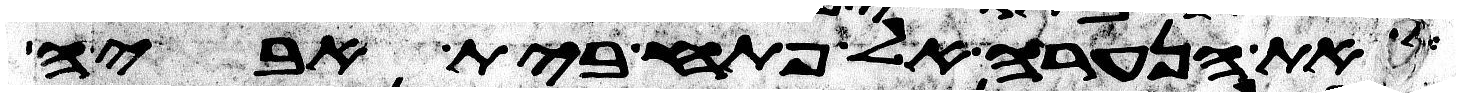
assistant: את הנערה אל פתח בית אביה